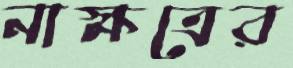
নাক্ষত্রের